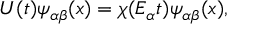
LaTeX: U ( t ) \psi _ { \alpha \beta } ( x ) = \chi ( E _ { \alpha } t ) \psi _ { \alpha \beta } ( x ) ,